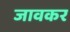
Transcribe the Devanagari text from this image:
जावकर